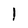
Character: 1